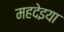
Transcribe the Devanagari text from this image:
महदेइया